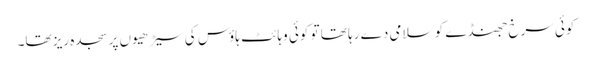
کوئی سرخ جھنڈے کو سلامی دے رہا تھا تو کوئی وہائٹ ہاؤس کی سیڑھیوں پر سجدہ ریز تھا۔